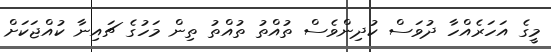
މީގެ އަހަރެއްހާ ދުވަސް ކުދިންވެސް ތުއްތު ތުއްތު ތިން މަހުގެ ޗައިނާ ކުއްޖަކަށް